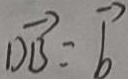
\overrightarrow { D B } = \overrightarrow { b }